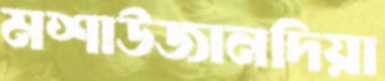
মশাউজানদিয়া